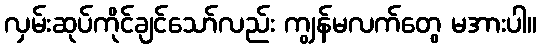
လှမ်းဆုပ်ကိုင်ချင်သော်လည်း ကျွန်မလက်တွေ မအားပါ။